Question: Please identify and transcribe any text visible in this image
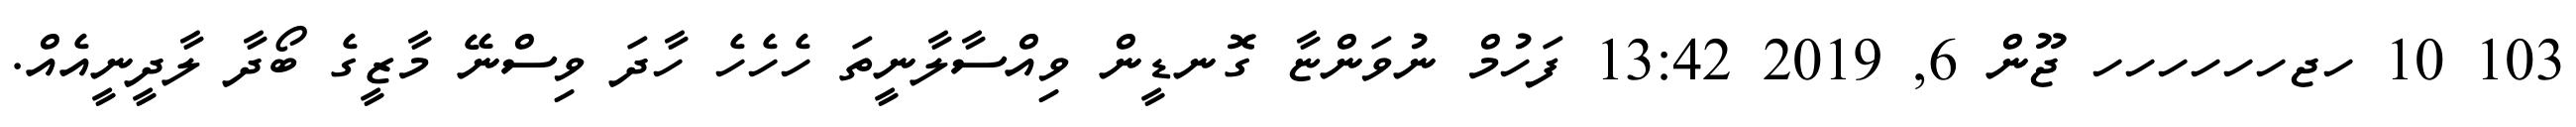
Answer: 103 10 ހޖހހހހހހ ޖޫން 6, 2019 13:42 ފަހުމް ނުވަންޏާ ގޮނޑީން ވިއްސާލާނީތަ ހެހެހެ ހާދަ ވިސްނޭ މާޒީގެ ބޯދާ ލާދީނީއެއް.